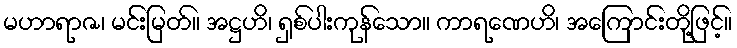
မဟာရာဇ၊ မင်းမြတ်။ အဋ္ဌဟိ၊ ရှစ်ပါးကုန်သော။ ကာရဏေဟိ၊ အကြောင်းတို့ဖြင့်။